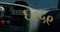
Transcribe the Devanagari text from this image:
६८५९